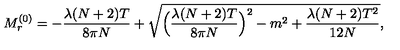
M _ { r } ^ { ( 0 ) } = - \frac { \lambda ( N + 2 ) T } { 8 \pi N } + \sqrt { \Bigl ( \frac { \lambda ( N + 2 ) T } { 8 \pi N } \Bigr ) ^ { 2 } - m ^ { 2 } + \frac { \lambda ( N + 2 ) T ^ { 2 } } { 1 2 N } } ,